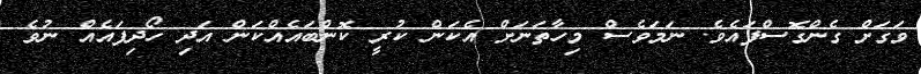
ވަގަށް ގެންގޮސްފައެވެ. ނަމަވެސް މިހާތަނަށް އެކަން ކުރީ ކޮންބައެއްކަން އަދި ހޯދިފައެއް ނުވެ